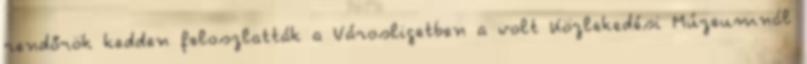
rendőrök kedden feloszlatták a Városligetben a volt Közlekedési Múzeumnál